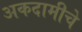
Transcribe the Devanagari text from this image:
अकदामीचे